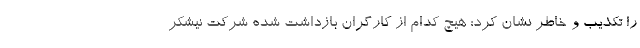
را تکذیب و خاطر نشان کرد: هیچ کدام از کارگران بازداشت شده شرکت نیشکر